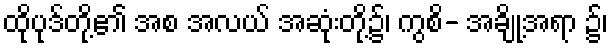
ထိုပုဒ်တို့၏ အစ အလယ် အဆုံးတို့၌၊ ကွစိ- အချို့အရာ ၌၊